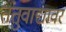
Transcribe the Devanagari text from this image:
तंतुवाद्यावर